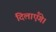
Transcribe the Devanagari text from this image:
दिलाएँगे।